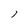
Character: 1